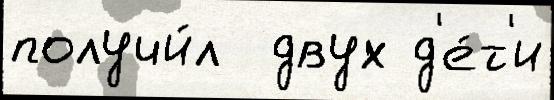
получи́л  двух д'е́т'и